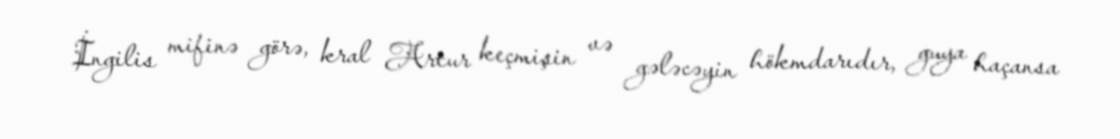
İngilis mifinə görə, kral Artur keçmişin və gələcəyin hökmdarıdır, guya haçansa